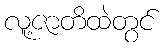
လူ့ဇာတိထဲတွင်